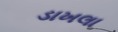
ડાખલા